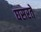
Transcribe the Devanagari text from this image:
घसरते